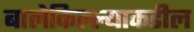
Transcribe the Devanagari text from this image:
बालेकिल्ल्याकडील